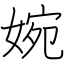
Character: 婉